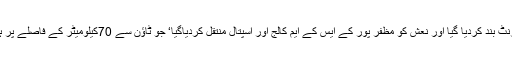
انٹرنٹ بند کردیا گیا اور نعش کو مظفر پور کے ایس کے ایم کالج اور اسپتال منتقل کردیاگیا‘ جو ٹاؤن سے 70کیلومیٹر کے فاصلے پر ہے۔